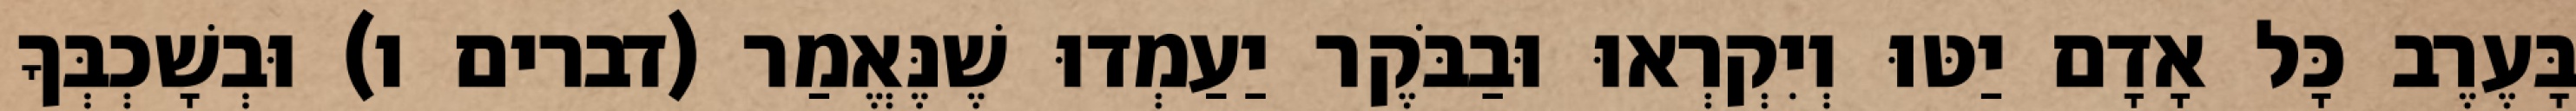
בָּעֶרֶב כָּל אָדָם יַטּוּ וְיִקְרְאוּ וּבַבֹּקֶר יַעַמְדוּ שֶׁנֶּאֱמַר (דברים ו) וּבְשָׁכְבְּךָ